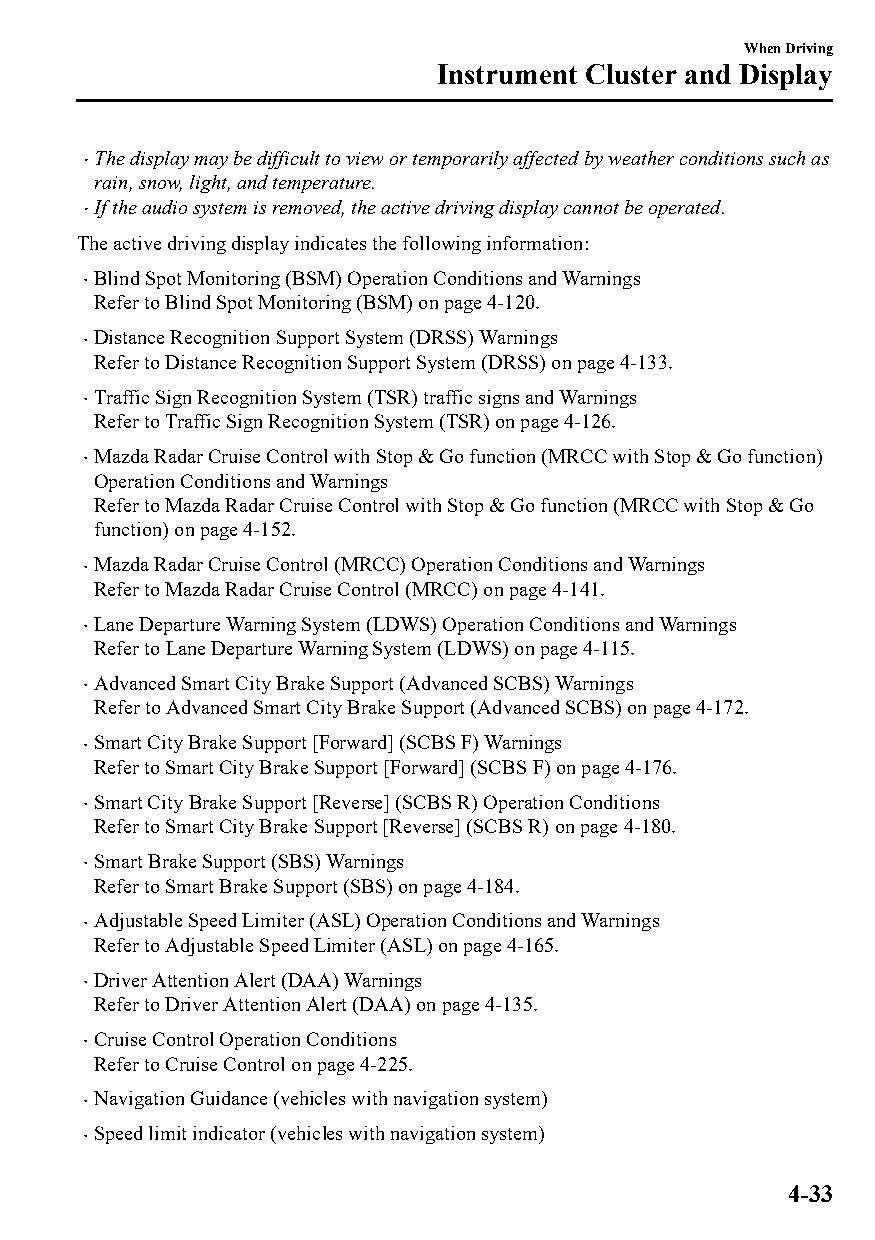
When Driving
 Instrument Cluster and Display
 The display may be difficult to view or temporarily affected by weather conditions such as
 
 rain, snow, light, and temperature.
 If the audio system is removed, the active driving display cannot be operated.
 
 The active driving display indicates the following information:
 Blind Spot Monitoring (BSM) Operation Conditions and Warnings
 
 Refer to Blind Spot Monitoring (BSM) on page 4-120.
 Distance Recognition Support System (DRSS) Warnings
 
 Refer to Distance Recognition Support System (DRSS) on page 4-133.
 Traffic Sign Recognition System (TSR) traffic signs and Warnings
 
 Refer to Traffic Sign Recognition System (TSR) on page 4-126.
 Mazda Radar Cruise Control with Stop & Go function (MRCC with Stop & Go function)
 
 Operation Conditions and Warnings
 Refer to Mazda Radar Cruise Control with Stop & Go function (MRCC with Stop & Go
 function) on page 4-152.
 Mazda Radar Cruise Control (MRCC) Operation Conditions and Warnings
 
 Refer to Mazda Radar Cruise Control (MRCC) on page 4-141.
 Lane Departure Warning System (LDWS) Operation Conditions and Warnings
 
 Refer to Lane Departure Warning System (LDWS) on page 4-115.
 Advanced Smart City Brake Support (Advanced SCBS) Warnings
 
 Refer to Advanced Smart City Brake Support (Advanced SCBS) on page 4-172.
 Smart City Brake Support [Forward] (SCBS F) Warnings
 
 Refer to Smart City Brake Support [Forward] (SCBS F) on page 4-176.
 Smart City Brake Support [Reverse] (SCBS R) Operation Conditions
 
 Refer to Smart City Brake Support [Reverse] (SCBS R) on page 4-180.
 Smart Brake Support (SBS) Warnings
 
 Refer to Smart Brake Support (SBS) on page 4-184.
 Adjustable Speed Limiter (ASL) Operation Conditions and Warnings
 
 Refer to Adjustable Speed Limiter (ASL) on page 4-165.
 Driver Attention Alert (DAA) Warnings
 
 Refer to Driver Attention Alert (DAA) on page 4-135.
 Cruise Control Operation Conditions
 
 Refer to Cruise Control on page 4-225.
 Navigation Guidance (vehicles with navigation system)
 
 Speed limit indicator (vehicles with navigation system)
 
 4-33
 CX-3_8GT4-EE-18D_Edition4                  2018-9-6 18:32:19